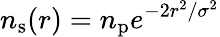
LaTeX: n_{\mathrm{s}}(r)=n_{\mathrm{p}}e^{-2r^{2}/\sigma^{2}}